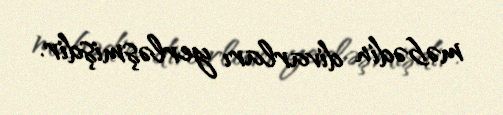
məbədin divarları yerləşmişdir.